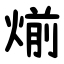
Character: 㷙